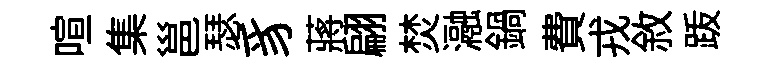
喧集邕瑟豸蔣翩焚瀜鍋費戎敘䟦